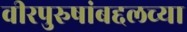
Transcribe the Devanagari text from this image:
वीरपुरुषांबद्दलच्या